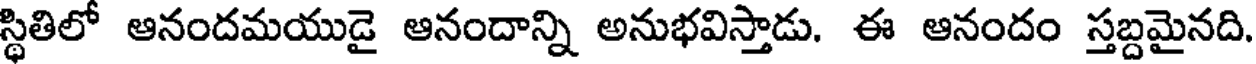
స్థితిలో ఆనందమయుడై ఆనందాన్ని అనుభవిస్తాడు. ఈ ఆనందం స్తబ్దమైనది